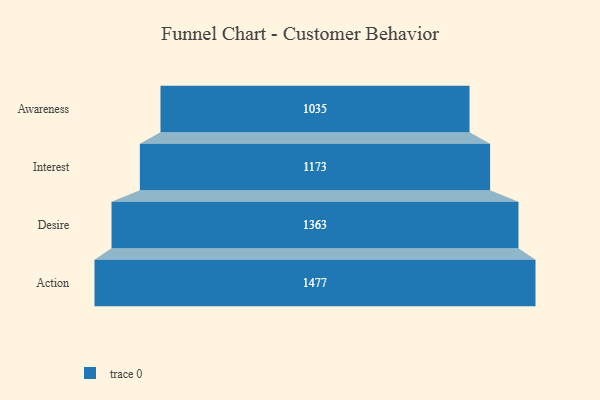
{"axis": {"x": "Stage", "y": "Value"}, "legend": [""], "data": [{"x": "Awareness", "y": 1035.0, "type": ""}, {"x": "Interest", "y": 1173.0, "type": ""}, {"x": "Desire", "y": 1363.0, "type": ""}, {"x": "Action", "y": 1477.0, "type": ""}]}